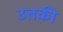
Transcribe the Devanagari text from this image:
उत्तकी